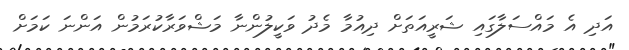
އަދި އެ މައްސަލާގައި ޝަރީއަތަށް ދިއުމާ މެދު ވަކީލުންނާ މަޝްވަރާކުރަމުން އަންނަ ކަމަށް